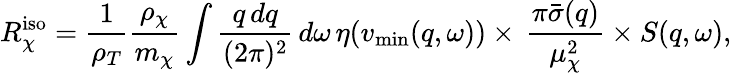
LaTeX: R_{\chi}^{\mathrm{iso}}=\frac{1}{\rho_{T}}\frac{\rho_{\chi}}{m_{\chi}}\int\frac{q\, dq}{(2\pi)^{2}}\, d\omega\, \eta(v_{\mathrm{min}}(q,\omega))\times\, \frac{\pi\bar{\sigma}(q)}{\mu_{\chi}^{2}}\times S(q,\omega),